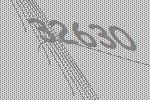
32630